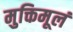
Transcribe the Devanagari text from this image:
मुक्तिमूलं